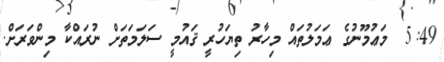
5:49  މަޢުމޫނުގެ ޢަމަލުތައް މިހާރު ތިޔަހުރީ ޤައުމީ ސަލަމަތަށް ނުރައްކާ މިންވަރަށް.